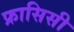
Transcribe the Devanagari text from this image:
फ्रासिसी